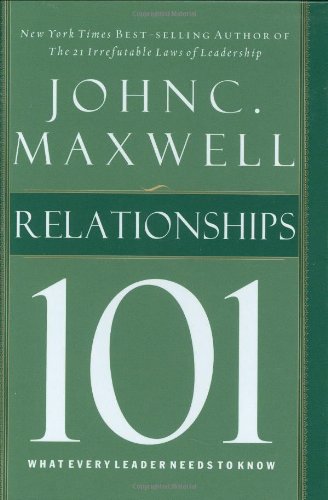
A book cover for Relationships 101 (Maxwell, John C.); John C. Maxwell; Christian Books & Bibles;